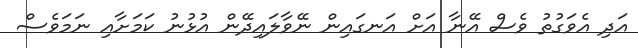
އަދި އެވަގުތު ވެސް އޭނާ އަށް އަނގައިން ނޭވާލައިދޭން އުޅުނު ކަމަށާއި ނަމަވެސް